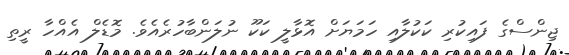
ޖިންސްގެ ފައިކުރި ކަކުލާއި ހަމަޔަށް އޮޅާލީ ކަކޫ ނުލަންބާހުރެއެވެ. މޮޑެލް އެއްހާ ރީތި